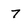
Character: 7